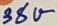
Text: 38V